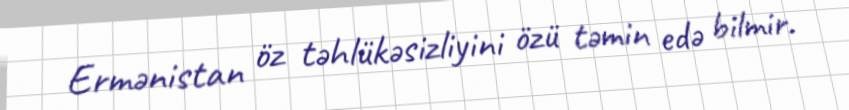
Ermənistan öz təhlükəsizliyini özü təmin edə bilmir.